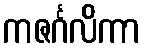
ကဇင်္ဂလိကာ